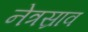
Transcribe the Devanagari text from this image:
नेत्रस्राव